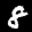
Label: 8